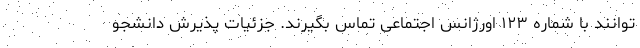
توانند با شماره ۱۲۳ اورژانس اجتماعی تماس بگیرند. جزئیات پذیرش دانشجو